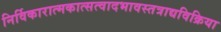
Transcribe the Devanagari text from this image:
निर्विकारात्मकात्सत्वादभावस्तत्राद्यविक्रिया